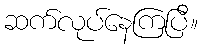
ဆက်လုပ်နေကြပြီ။